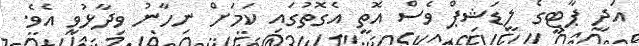
އަދި ޕާޓީގެ ލީޑަޝިޕް ވެސް އޮތީ އެގޮތުގައި ކަމަށް ނިހާނު ވިދާޅުވި އެވެ.